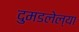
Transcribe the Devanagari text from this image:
दुमडलेल्या